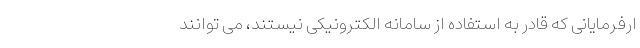
ارفرمایانی که قادر به استفاده از سامانه الکترونیکی نیستند، می توانند